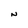
Character: N